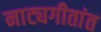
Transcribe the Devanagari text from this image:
नाट्यगीतांत